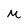
Character: m